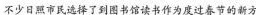
不少日照市民选择了到图书馆读书作为度过春节的新方